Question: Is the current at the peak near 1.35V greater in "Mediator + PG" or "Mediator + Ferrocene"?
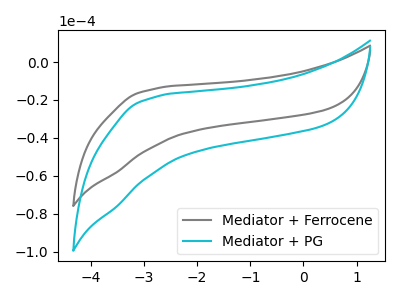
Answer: <think>The gray curve "Mediator + Ferrocene" has no peaks. The cyan curve "Mediator + PG" has no peaks.</think>
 <answer>"Mediator + PG" and "Mediator + Ferrocene" dont share a peak at 1.35V.</answer>
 <eval>mismatch</eval>